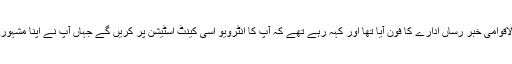
بلوچ بھائی ایک اور بین الاقوامی خبر رساں ادارے کا فون آیا تھا اور کہہ رہے تھے کہ آپ کا انٹرویو اُسی کینٹ اسٹیشن پر کریں گے جہاں آپ نے اپنا مشہورِ زمانہ Beeper دیا تھا۔